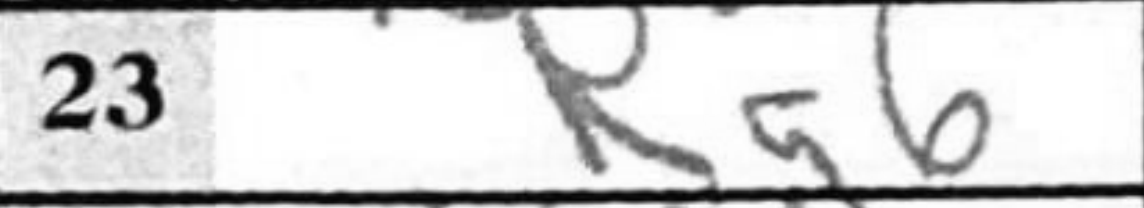
Transcription: Ra6